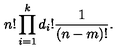
n ! \prod _ { i = 1 } ^ { k } d _ { i } ! { \frac { 1 } { ( n - m ) ! } } .